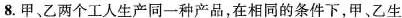
8.甲、乙两个工人生产同一种产品，在相同的条件下，甲、乙生